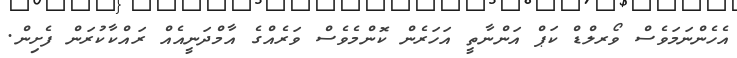
އެހެންނަމަވެސް ވޯރލްޑް ކަޕް އަންނާތީ އަހަރެން ކޮންމެވެސް ވަރެއްގެ އާމްދަނީއެއް ރައްކާކުރަން ފެށިން.